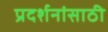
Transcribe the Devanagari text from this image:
प्रदर्शनांसाठी